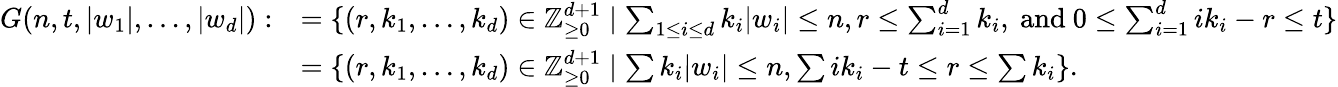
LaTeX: \begin{array}{rl}{G(n,t,|w_{1}|,\ldots,|w_{d}|):}&{=\{ (r,k_{1},\ldots,k_{d})\in{\mathbb{Z}}_{\geq 0}^{d+1}\mid\sum_{1\leq i\leq d}k_{i}|w_{i}|\leq n,r\leq\sum_{i=1}^{d}k_{i}\mathrm{,~and~}0\leq\sum_{i=1}^{d}ik_{i}-r\leq t\} }\\ &{=\{ (r,k_{1},\ldots,k_{d})\in{\mathbb{Z}}_{\geq 0}^{d+1}\mid\sum k_{i}|w_{i}|\leq n,\sum ik_{i}-t\leq r\leq\sum k_{i}\} .}\end{array}